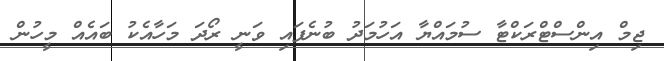
ޖިމް އިންސްޓްރަކްޓާ ސުމައްޔާ އަހުމަދު ބުނެފައި ވަނީ ރޯދަ މަހާއެކު ބައެއް މީހުން